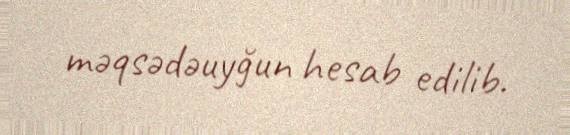
məqsədəuyğun hesab edilib.